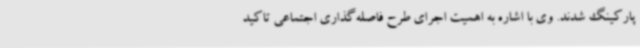
پارکینگ شدند. وی با اشاره به اهمیت اجرای طرح فاصله‌گذاری اجتماعی تاکید